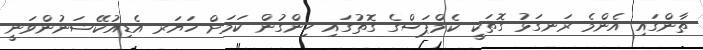
ތާންގައި އެންމެ ރަނގަޅު ގޮތަކީ ކެމްޕަސްގެ ގޮތުގައި ހިންގުން ކަމަށް ހަޔަރ އެޑިއުކޭޝަނުންވަނީ